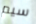
سيم